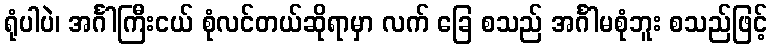
ရုံပါပဲ၊ အင်္ဂါကြီးငယ် စုံလင်တယ်ဆိုရာမှာ လက် ခြေ စသည် အင်္ဂါမစုံဘူး စသည်ဖြင့်